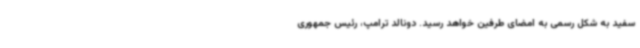
سفید به شکل رسمی به امضای طرفین خواهد رسید. دونالد ترامپ، رئیس جمهوری